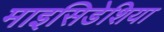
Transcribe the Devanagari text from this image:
माइसिडेशिया